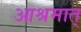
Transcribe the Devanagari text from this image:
आश्रमात्‌